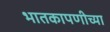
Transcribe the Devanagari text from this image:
भातकापणीच्या